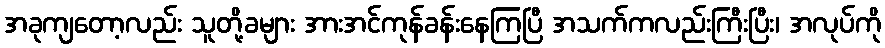
အခုကျတော့လည်း သူတို့ခများ အားအင်ကုန်ခန်းနေကြပြီ အသက်ကလည်းကြီးပြီး၊ အလုပ်ကို